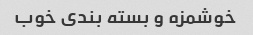
خوشمزه و بسته بندی خوب